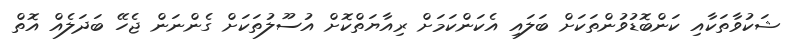
ޝަކުވާތަކާއި ކަންބޮޑުވުންތަކަށް ބަލައި އެކަންކަމަށް ރިއާޔަތްކޮށް އުސޫލުތަކަށް ގެންނަން ޖެހޭ ބަދަލެއް އޮތް